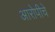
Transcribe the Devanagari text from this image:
आरोपीचे